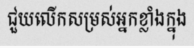
ជួយលើកសម្រស់អ្នកខ្លាំងក្នុង